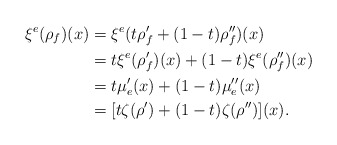
\begin{align*}\xi^e(\rho_f)(x)&=\xi^e(t\rho'_f+(1-t)\rho''_f)(x)\\&=t\xi^e(\rho'_f)(x)+(1-t)\xi^e(\rho''_f)(x)\\&=t\mu'_e(x)+(1-t)\mu''_e(x)\\&=[t\zeta(\rho')+(1-t)\zeta(\rho'')](x).\end{align*}